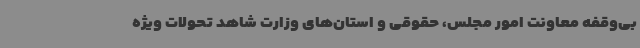
بی‌وقفه معاونت امور مجلس‌،‌ حقوقی و استان‌های وزارت شاهد تحولات ویژه